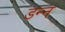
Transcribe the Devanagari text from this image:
डन्न